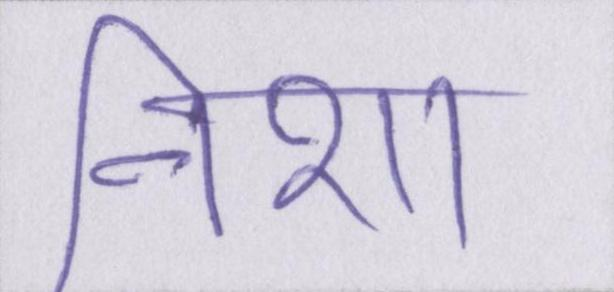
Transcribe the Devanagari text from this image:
निशा